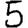
Digit: 5